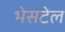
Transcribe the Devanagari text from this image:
भेसटेल